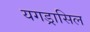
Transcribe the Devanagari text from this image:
यगड्रासिल